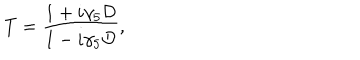
T = { \frac { 1 + i \gamma _ { 5 } { \cal D } } { 1 - i \gamma _ { 5 } { \cal D } } } ,